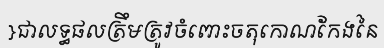
}ជាលទ្ធផលត្រឹមត្រូវចំពោះចតុកោណកែងនៃ